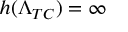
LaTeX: h ( \Lambda _ { T C } ) = \infty